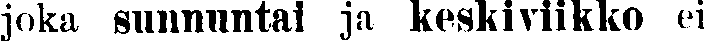
joka sunnuntai ja keskiviikko ei